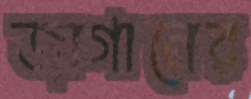
জাগানের